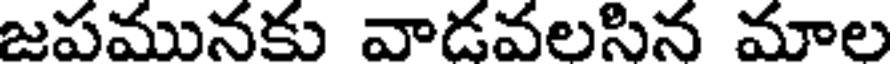
జపమునకు వాడవలసిన మాల